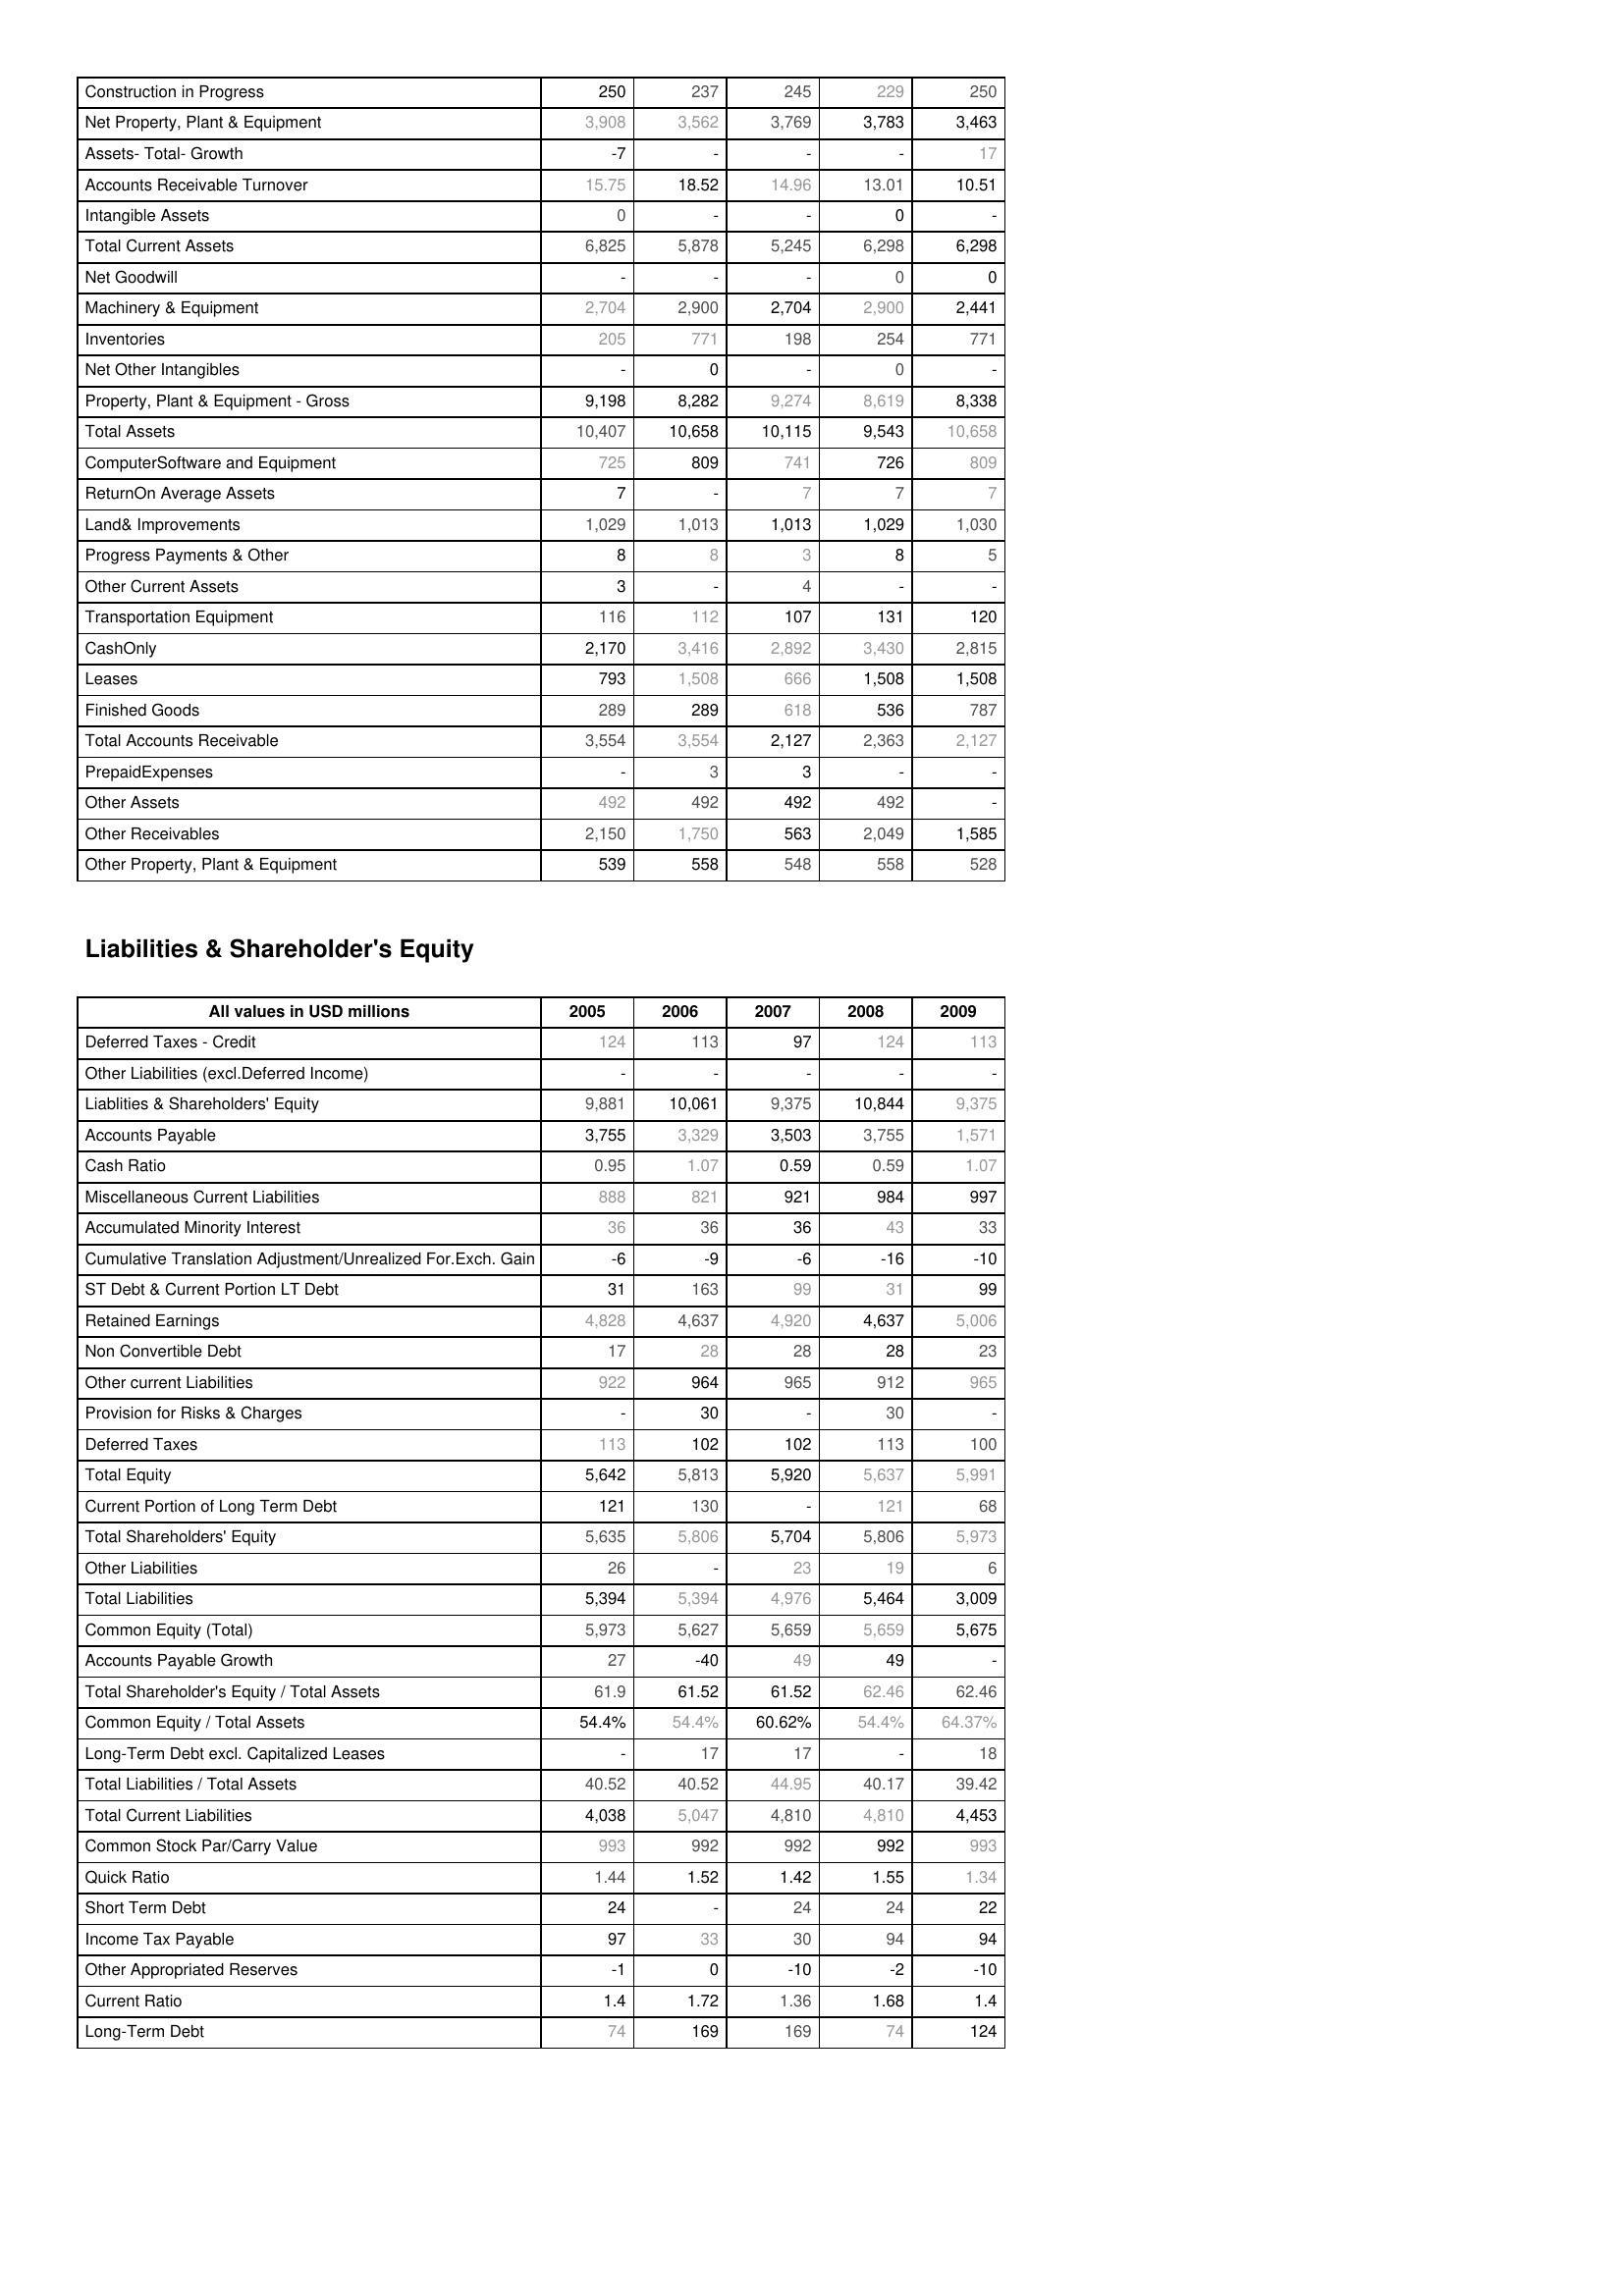
2005: Assets: Construction in Progress: 250
Net Property, Plant & Equipment: 3,908
Assets- Total- Growth: -7
Accounts Receivable Turnover: 15.75
Intangible Assets: 0
Total Current Assets: 6,825
Net Goodwill: -
Machinery & Equipment: 2,704
Inventories: 205
Net Other Intangibles: -
Property, Plant & Equipment - Gross : 9,198
Total Assets: 10,407
ComputerSoftware and Equipment: 725
ReturnOn Average Assets: 7
Land& Improvements: 1,029
Progress Payments & Other: 8
Other Current Assets: 3
Transportation Equipment: 116
CashOnly: 2,170
Leases: 793
Finished Goods: 289
Total Accounts Receivable: 3,554
PrepaidExpenses: -
Other Assets: 492
Other Receivables: 2,150
Other Property, Plant & Equipment: 539
Liabilities & Shareholder's Equity: Deferred Taxes - Credit: 124
Other Liabilities (excl.Deferred Income): -
Liablities & Shareholders' Equity: 9,881
Accounts Payable: 3,755
Cash Ratio: 0.95
Miscellaneous Current Liabilities: 888
Accumulated Minority Interest: 36
Cumulative Translation Adjustment/Unrealized For.Exch. Gain: -6
ST Debt & Current Portion LT Debt: 31
Retained Earnings: 4,828
Non Convertible Debt: 17
Other current Liabilities: 922
Provision for Risks & Charges: -
Deferred Taxes: 113
Total Equity: 5,642
Current Portion of Long Term Debt: 121
Total Shareholders' Equity: 5,635
Other Liabilities: 26
Total Liabilities: 5,394
Common Equity (Total): 5,973
Accounts Payable Growth: 27
Total Shareholder's Equity / Total Assets: 61.9
Common Equity / Total Assets: 54.4%
Long-Term Debt excl. Capitalized Leases: -
Total Liabilities / Total Assets: 40.52
Total Current Liabilities: 4,038
Common Stock Par/Carry Value: 993
Quick Ratio: 1.44
Short Term Debt: 24
Income Tax Payable: 97
Other Appropriated Reserves: -1
Current Ratio: 1.4
Long-Term Debt: 74
2006: Assets: Construction in Progress: 237
Net Property, Plant & Equipment: 3,562
Assets- Total- Growth: -
Accounts Receivable Turnover: 18.52
Intangible Assets: -
Total Current Assets: 5,878
Net Goodwill: -
Machinery & Equipment: 2,900
Inventories: 771
Net Other Intangibles: 0
Property, Plant & Equipment - Gross : 8,282
Total Assets: 10,658
ComputerSoftware and Equipment: 809
ReturnOn Average Assets: -
Land& Improvements: 1,013
Progress Payments & Other: 8
Other Current Assets: -
Transportation Equipment: 112
CashOnly: 3,416
Leases: 1,508
Finished Goods: 289
Total Accounts Receivable: 3,554
PrepaidExpenses: 3
Other Assets: 492
Other Receivables: 1,750
Other Property, Plant & Equipment: 558
Liabilities & Shareholder's Equity: Deferred Taxes - Credit: 113
Other Liabilities (excl.Deferred Income): -
Liablities & Shareholders' Equity: 10,061
Accounts Payable: 3,329
Cash Ratio: 1.07
Miscellaneous Current Liabilities: 821
Accumulated Minority Interest: 36
Cumulative Translation Adjustment/Unrealized For.Exch. Gain: -9
ST Debt & Current Portion LT Debt: 163
Retained Earnings: 4,637
Non Convertible Debt: 28
Other current Liabilities: 964
Provision for Risks & Charges: 30
Deferred Taxes: 102
Total Equity: 5,813
Current Portion of Long Term Debt: 130
Total Shareholders' Equity: 5,806
Other Liabilities: -
Total Liabilities: 5,394
Common Equity (Total): 5,627
Accounts Payable Growth: -40
Total Shareholder's Equity / Total Assets: 61.52
Common Equity / Total Assets: 54.4%
Long-Term Debt excl. Capitalized Leases: 17
Total Liabilities / Total Assets: 40.52
Total Current Liabilities: 5,047
Common Stock Par/Carry Value: 992
Quick Ratio: 1.52
Short Term Debt: -
Income Tax Payable: 33
Other Appropriated Reserves: 0
Current Ratio: 1.72
Long-Term Debt: 169
2007: Assets: Construction in Progress: 245
Net Property, Plant & Equipment: 3,769
Assets- Total- Growth: -
Accounts Receivable Turnover: 14.96
Intangible Assets: -
Total Current Assets: 5,245
Net Goodwill: -
Machinery & Equipment: 2,704
Inventories: 198
Net Other Intangibles: -
Property, Plant & Equipment - Gross : 9,274
Total Assets: 10,115
ComputerSoftware and Equipment: 741
ReturnOn Average Assets: 7
Land& Improvements: 1,013
Progress Payments & Other: 3
Other Current Assets: 4
Transportation Equipment: 107
CashOnly: 2,892
Leases: 666
Finished Goods: 618
Total Accounts Receivable: 2,127
PrepaidExpenses: 3
Other Assets: 492
Other Receivables: 563
Other Property, Plant & Equipment: 548
Liabilities & Shareholder's Equity: Deferred Taxes - Credit: 97
Other Liabilities (excl.Deferred Income): -
Liablities & Shareholders' Equity: 9,375
Accounts Payable: 3,503
Cash Ratio: 0.59
Miscellaneous Current Liabilities: 921
Accumulated Minority Interest: 36
Cumulative Translation Adjustment/Unrealized For.Exch. Gain: -6
ST Debt & Current Portion LT Debt: 99
Retained Earnings: 4,920
Non Convertible Debt: 28
Other current Liabilities: 965
Provision for Risks & Charges: -
Deferred Taxes: 102
Total Equity: 5,920
Current Portion of Long Term Debt: -
Total Shareholders' Equity: 5,704
Other Liabilities: 23
Total Liabilities: 4,976
Common Equity (Total): 5,659
Accounts Payable Growth: 49
Total Shareholder's Equity / Total Assets: 61.52
Common Equity / Total Assets: 60.62%
Long-Term Debt excl. Capitalized Leases: 17
Total Liabilities / Total Assets: 44.95
Total Current Liabilities: 4,810
Common Stock Par/Carry Value: 992
Quick Ratio: 1.42
Short Term Debt: 24
Income Tax Payable: 30
Other Appropriated Reserves: -10
Current Ratio: 1.36
Long-Term Debt: 169
2008: Assets: Construction in Progress: 229
Net Property, Plant & Equipment: 3,783
Assets- Total- Growth: -
Accounts Receivable Turnover: 13.01
Intangible Assets: 0
Total Current Assets: 6,298
Net Goodwill: 0
Machinery & Equipment: 2,900
Inventories: 254
Net Other Intangibles: 0
Property, Plant & Equipment - Gross : 8,619
Total Assets: 9,543
ComputerSoftware and Equipment: 726
ReturnOn Average Assets: 7
Land& Improvements: 1,029
Progress Payments & Other: 8
Other Current Assets: -
Transportation Equipment: 131
CashOnly: 3,430
Leases: 1,508
Finished Goods: 536
Total Accounts Receivable: 2,363
PrepaidExpenses: -
Other Assets: 492
Other Receivables: 2,049
Other Property, Plant & Equipment: 558
Liabilities & Shareholder's Equity: Deferred Taxes - Credit: 124
Other Liabilities (excl.Deferred Income): -
Liablities & Shareholders' Equity: 10,844
Accounts Payable: 3,755
Cash Ratio: 0.59
Miscellaneous Current Liabilities: 984
Accumulated Minority Interest: 43
Cumulative Translation Adjustment/Unrealized For.Exch. Gain: -16
ST Debt & Current Portion LT Debt: 31
Retained Earnings: 4,637
Non Convertible Debt: 28
Other current Liabilities: 912
Provision for Risks & Charges: 30
Deferred Taxes: 113
Total Equity: 5,637
Current Portion of Long Term Debt: 121
Total Shareholders' Equity: 5,806
Other Liabilities: 19
Total Liabilities: 5,464
Common Equity (Total): 5,659
Accounts Payable Growth: 49
Total Shareholder's Equity / Total Assets: 62.46
Common Equity / Total Assets: 54.4%
Long-Term Debt excl. Capitalized Leases: -
Total Liabilities / Total Assets: 40.17
Total Current Liabilities: 4,810
Common Stock Par/Carry Value: 992
Quick Ratio: 1.55
Short Term Debt: 24
Income Tax Payable: 94
Other Appropriated Reserves: -2
Current Ratio: 1.68
Long-Term Debt: 74
2009: Assets: Construction in Progress: 250
Net Property, Plant & Equipment: 3,463
Assets- Total- Growth: 17
Accounts Receivable Turnover: 10.51
Intangible Assets: -
Total Current Assets: 6,298
Net Goodwill: 0
Machinery & Equipment: 2,441
Inventories: 771
Net Other Intangibles: -
Property, Plant & Equipment - Gross : 8,338
Total Assets: 10,658
ComputerSoftware and Equipment: 809
ReturnOn Average Assets: 7
Land& Improvements: 1,030
Progress Payments & Other: 5
Other Current Assets: -
Transportation Equipment: 120
CashOnly: 2,815
Leases: 1,508
Finished Goods: 787
Total Accounts Receivable: 2,127
PrepaidExpenses: -
Other Assets: -
Other Receivables: 1,585
Other Property, Plant & Equipment: 528
Liabilities & Shareholder's Equity: Deferred Taxes - Credit: 113
Other Liabilities (excl.Deferred Income): -
Liablities & Shareholders' Equity: 9,375
Accounts Payable: 1,571
Cash Ratio: 1.07
Miscellaneous Current Liabilities: 997
Accumulated Minority Interest: 33
Cumulative Translation Adjustment/Unrealized For.Exch. Gain: -10
ST Debt & Current Portion LT Debt: 99
Retained Earnings: 5,006
Non Convertible Debt: 23
Other current Liabilities: 965
Provision for Risks & Charges: -
Deferred Taxes: 100
Total Equity: 5,991
Current Portion of Long Term Debt: 68
Total Shareholders' Equity: 5,973
Other Liabilities: 6
Total Liabilities: 3,009
Common Equity (Total): 5,675
Accounts Payable Growth: -
Total Shareholder's Equity / Total Assets: 62.46
Common Equity / Total Assets: 64.37%
Long-Term Debt excl. Capitalized Leases: 18
Total Liabilities / Total Assets: 39.42
Total Current Liabilities: 4,453
Common Stock Par/Carry Value: 993
Quick Ratio: 1.34
Short Term Debt: 22
Income Tax Payable: 94
Other Appropriated Reserves: -10
Current Ratio: 1.4
Long-Term Debt: 124